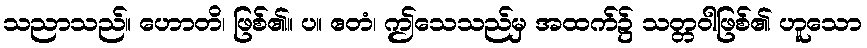
သညာသည်။ ဟောတိ၊ ဖြစ်၏။ ပ။ ဧတံ၊ ဤသေသည်မှ အထက်၌ သတ္တဝါဖြစ်၏ ဟူသော